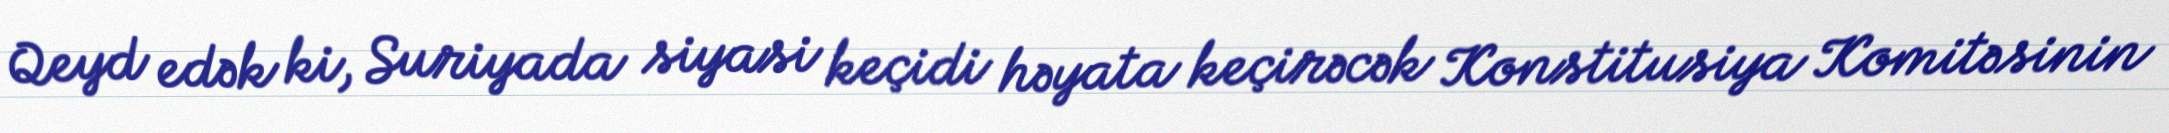
Qeyd edək ki, Suriyada siyasi keçidi həyata keçirəcək Konstitusiya Komitəsinin